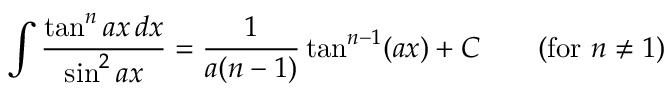
\int { \frac { \tan ^ { n } a x \, d x } { \sin ^ { 2 } a x } } = { \frac { 1 } { a ( n - 1 ) } } \tan ^ { n - 1 } ( a x ) + C \qquad { \mathrm { ( f o r ~ } } n \neq 1 { \mathrm { ) } }